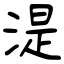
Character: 湜